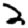
Digit: 2